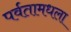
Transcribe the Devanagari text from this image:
पर्वतामधला